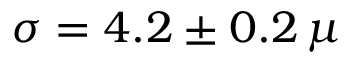
\sigma = 4 . 2 \pm 0 . 2 \, \mu